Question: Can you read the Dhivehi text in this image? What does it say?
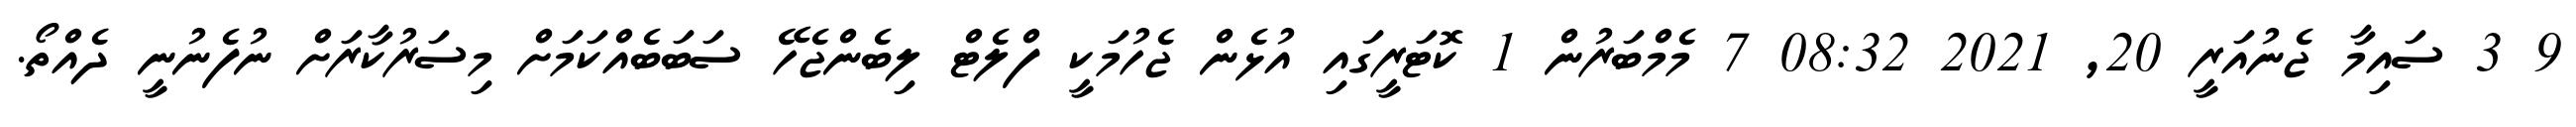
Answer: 9 3 ސައިމާ ޖެނުއަރީ 20, 2021 08:32 7 މެމްބަރުން 1 ކޮޓަރީގައި އުޅެން ޖެހުމަކީ ފްލެޓް ލިބެންޖެހޭ ސަބަބެއްކަމަށް މިސަރުކާރަށް ނުފެނުނީ ދެއްތޯ.